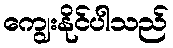
ကျွေးနိုင်ပါသည်